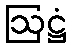
ဩဋ္ဌံ